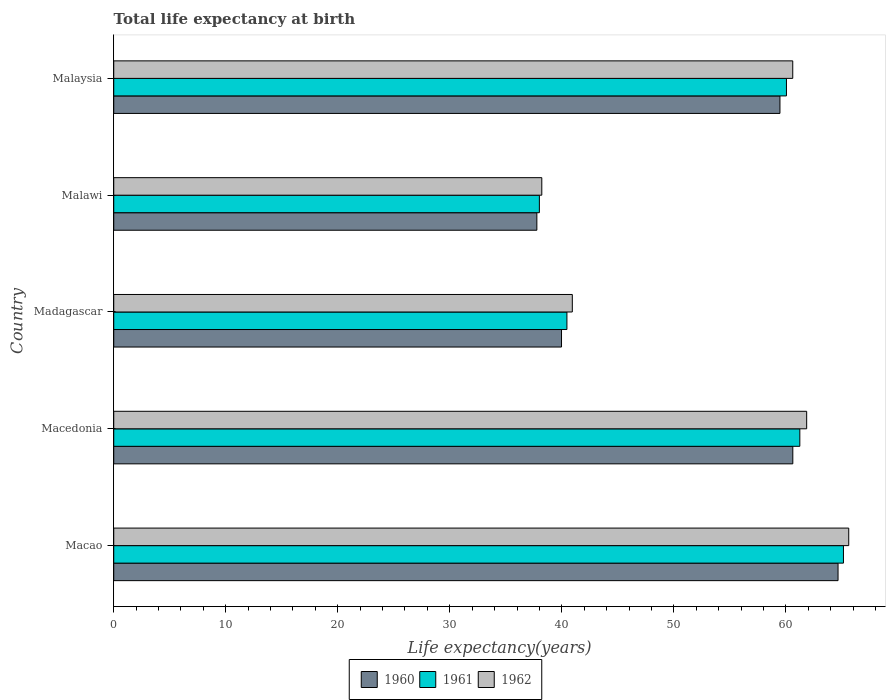
| Country | 1960 | 1961 | 1962 |
 | --- | --- | --- | --- |
 | Macao | 64.7 | 65.1 | 65.6 |
 | Macedonia | 60.6 | 61.2 | 61.9 |
 | Madagascar | 40 | 40.5 | 40.9 |
 | Malawi | 37.8 | 38 | 38.2 |
 | Malaysia | 59.5 | 60.1 | 60.6 |